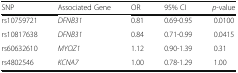
<table><thead><tr><td><b>SNP</b></td><td><b>Associated Gene</b></td><td><b>OR</b></td><td><b>95% CI</b></td><td><b><i>p</i>-value</b></td></tr></thead><tbody><tr><td>rs10759721</td><td><i>DFNB31</i></td><td>0.81</td><td>0.69-0.95</td><td>0.0100</td></tr><tr><td>rs10817638</td><td><i>DFNB31</i></td><td>0.84</td><td>0.71-0.99</td><td>0.0415</td></tr><tr><td>rs60632610</td><td><i>MYOZ1</i></td><td>1.12</td><td>0.90-1.39</td><td>0.31</td></tr><tr><td>rs4802546</td><td><i>KCNA7</i></td><td>1.00</td><td>0.78-1.29</td><td>1.00</td></tr></tbody></table>